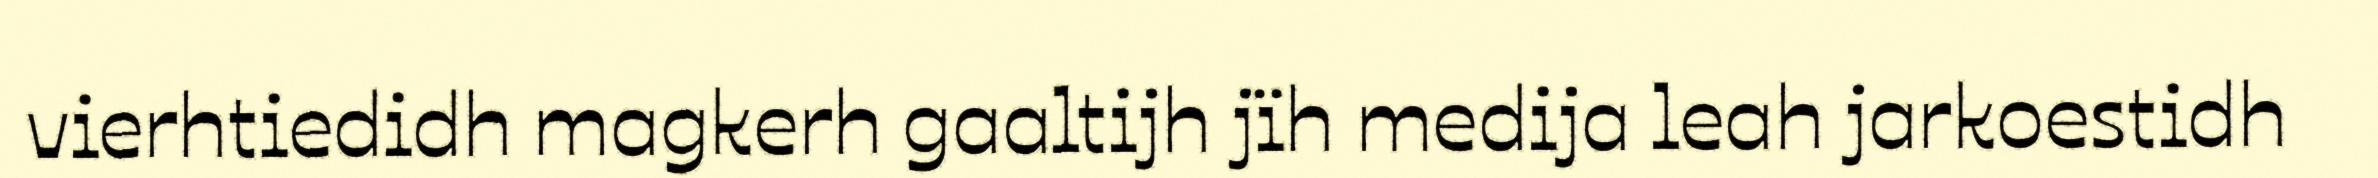
vierhtiedidh magkerh gaaltijh jïh medija leah jarkoestidh